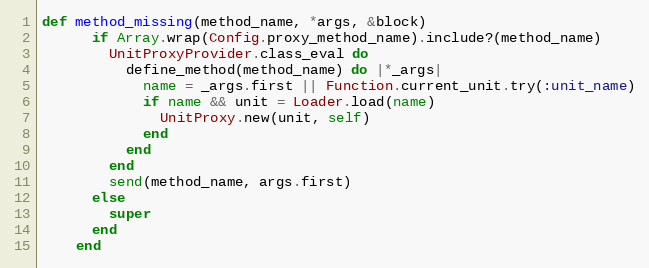
Language: Ruby
def method_missing(method_name, *args, &block)
      if Array.wrap(Config.proxy_method_name).include?(method_name)
        UnitProxyProvider.class_eval do
          define_method(method_name) do |*_args|
            name = _args.first || Function.current_unit.try(:unit_name)
            if name && unit = Loader.load(name)
              UnitProxy.new(unit, self)
            end
          end
        end
        send(method_name, args.first)
      else
        super
      end
    end